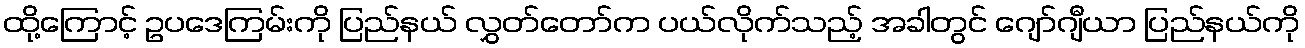
ထို့ကြောင့် ဥပဒေကြမ်းကို ပြည်နယ် လွှတ်တော်က ပယ်လိုက်သည့် အခါတွင် ဂျော်ဂျီယာ ပြည်နယ်ကို